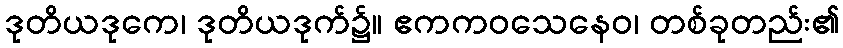
ဒုတိယဒုကေ၊ ဒုတိယဒုက်၌။ ဧကကဝသေနေဝ၊ တစ်ခုတည်း၏